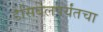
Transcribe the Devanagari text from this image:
डेसिबेलपर्यंतचा